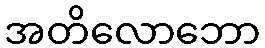
အတိလောဘော